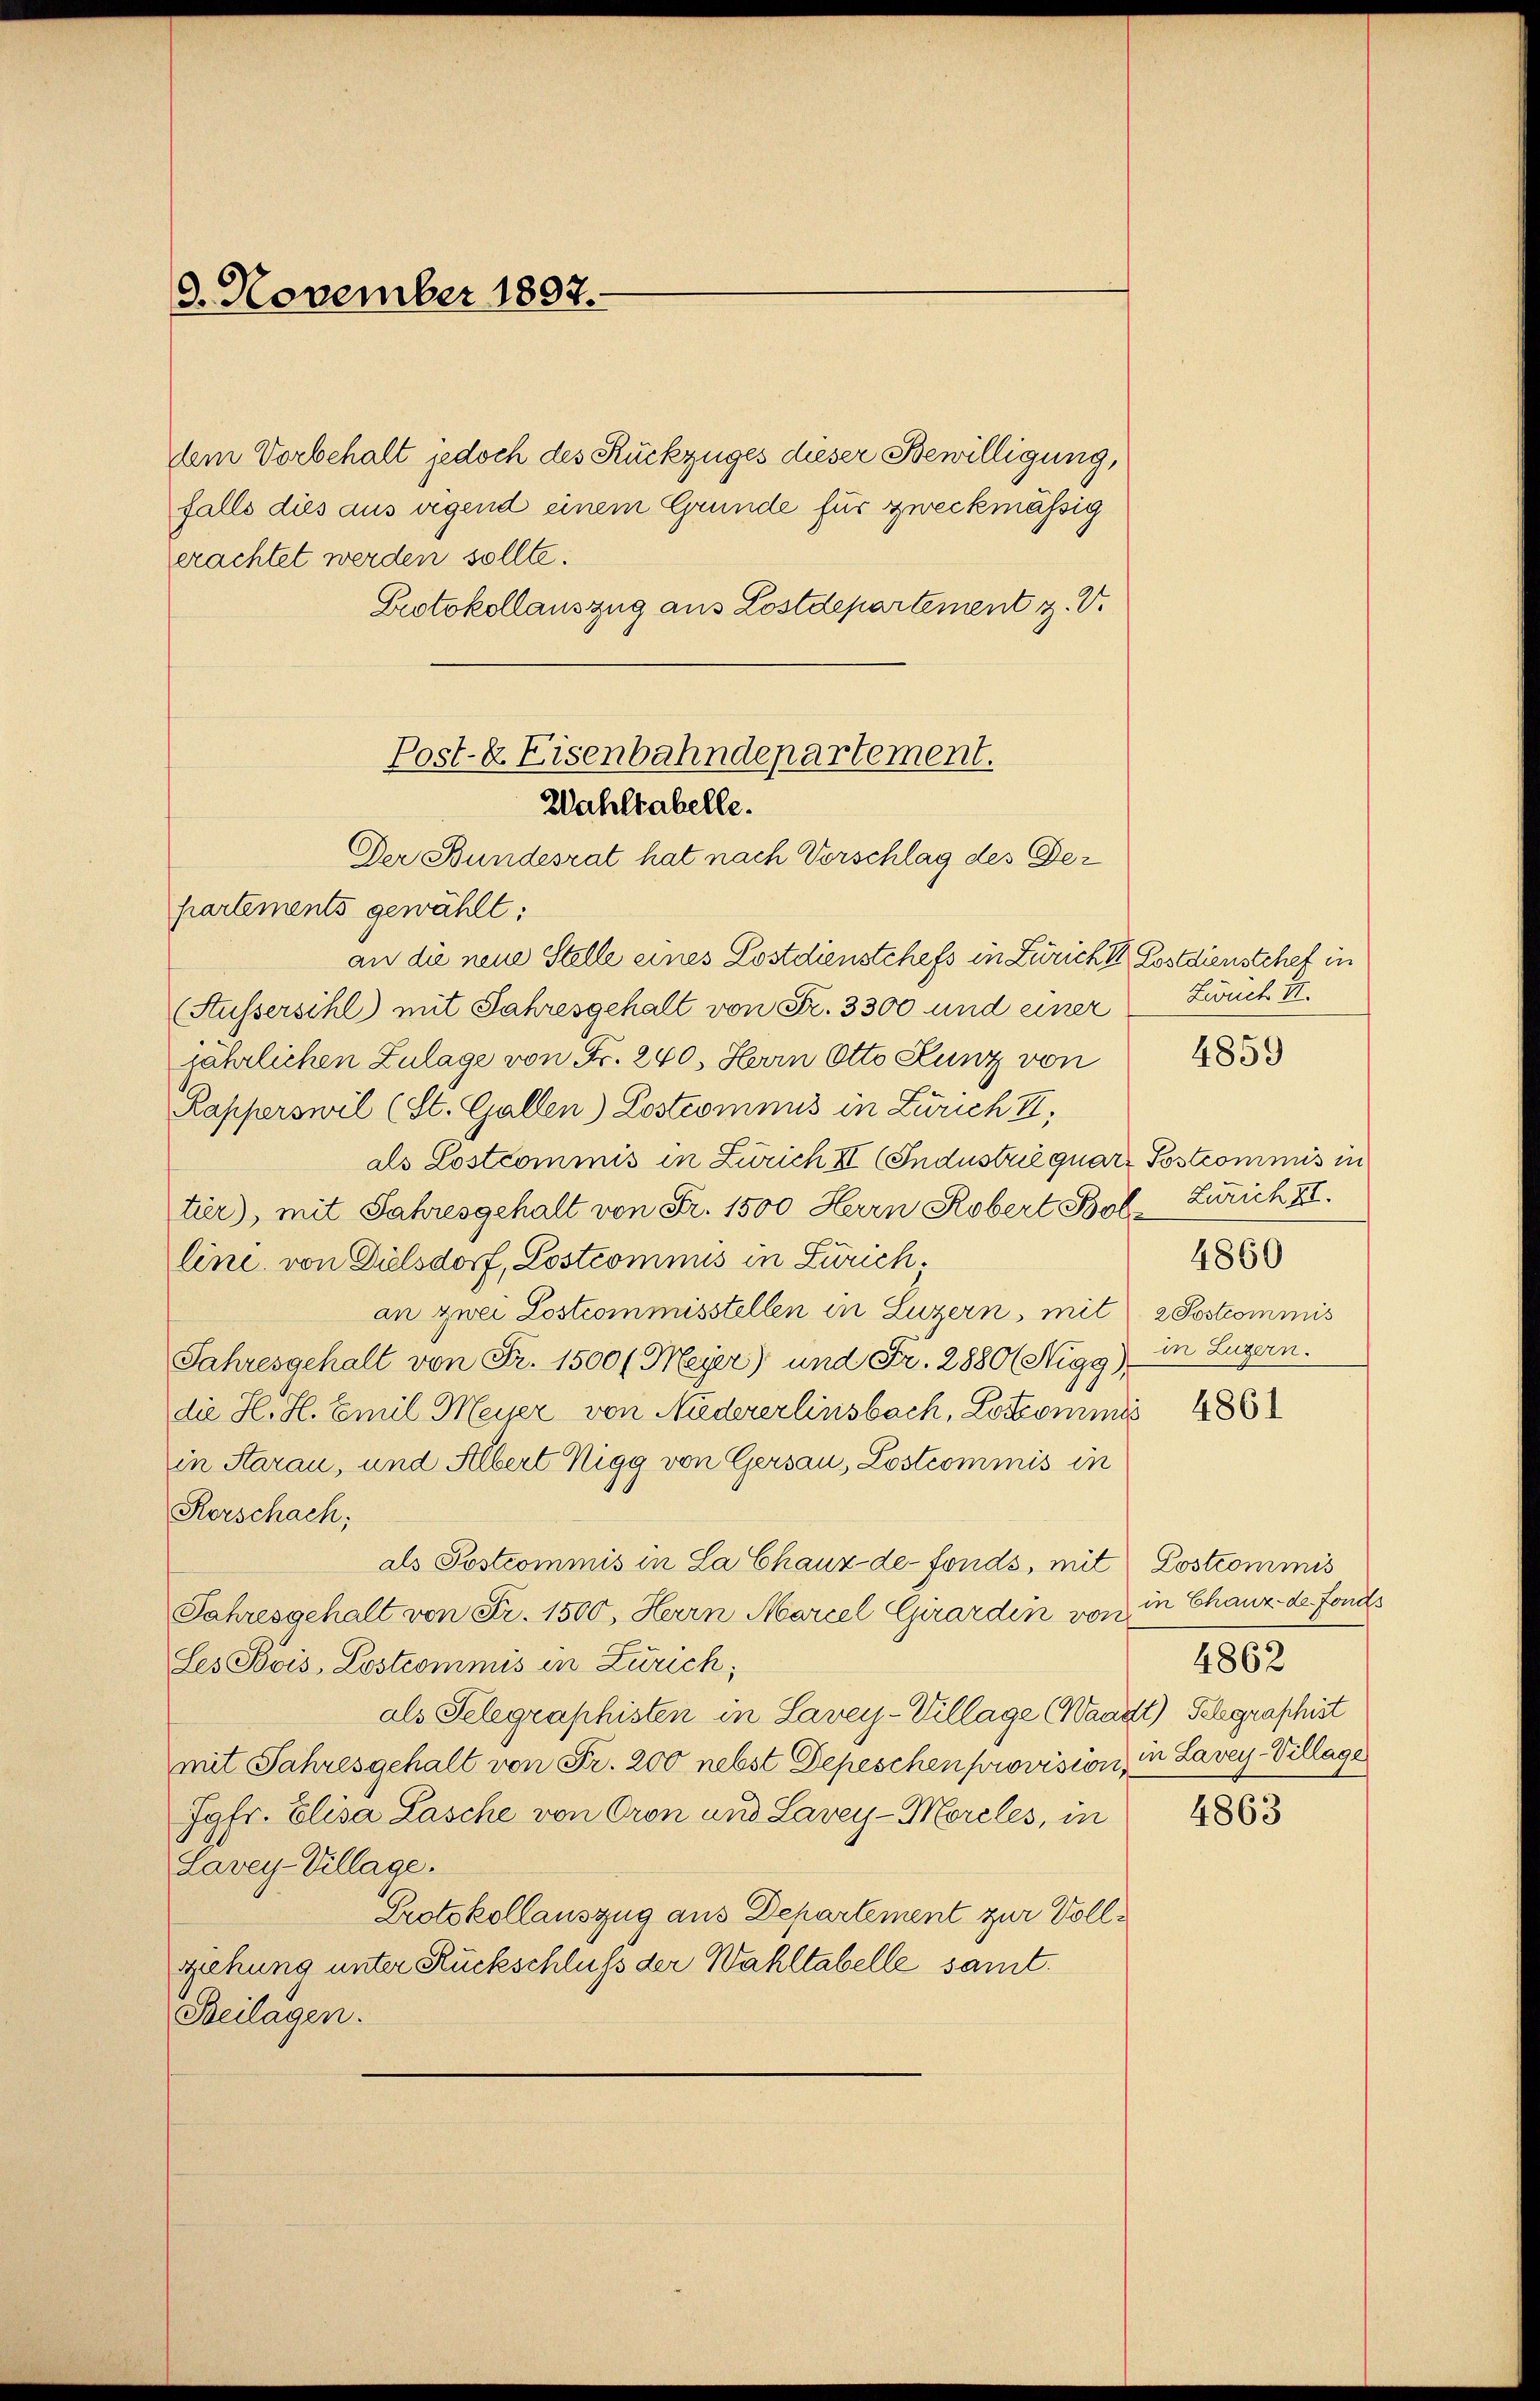
8. November 1897.

dem Vorbehalt jedoch des Rückzuges dieser Bewilligung,
falls dies aus wegend einem Grunde für zweckmässig
erachtet werden sollte.
Protokollauszug aus Lostdepartement z. V.

Post-k Eisenbahndepartement.
Wahltabelle.
Der Stundesrat hat nach Verschlag des Der

partements gewählt:
an die neue Stelle eines Lostdienstchefs in Züricht Postdienstchef in
(Stussersihl mit Jahresgehalt von Fr. 3300 und einer
jährlichen Zulage von Fr. 240, Herrn Otto Kunz von
Kapperswil (St. Gallen) Lostromnis in Zürich II,
als Lostcommis in Zürich II (Industrie quare Postcommis in
tier), mit Jahresgehalt von Fr. 1500 Herrn Robert Bol-Zürich XI.
line, von Dielsdorf, Lostcommis in Zürich.
an zwei Lostcommisstellen in Luzern, mit 2 Postcommis
Jahresgehalt von Fr. 1500 ( Meyer) und Fr. 2880 (Nigg)
die H. H. Emil Meier von Niedererlinsbach, Lotkommis
in Starau, und Albert Nigg von Gersau, Lostcommis in
Kerschach;
als Postcommis in La Chaux-de-Fonds, mit Lostrommis
Jahresgehalt von Fr. 1500, Herrn Marcel Girardin von in Chanz der Fonds
Les Bois Lostcommis in Zürich;
als Gelegraphisten in Lavey-Village (Waadt) Schgraphist
mit Jahresgehalt von Fr. 200 nebst Depeschen provision, in Lavey-Village
Jgfr. Elisa Lasche von Cron und Lavey-Morcles, in
Lavey-Village.
Protokollauszug aus Dehartement zur Vollziehung unter Ruckschluß der Wahltabelle samt.
Beilagen.

Lunch II.

4859

4860
in Luzern.

4861

4862

4863